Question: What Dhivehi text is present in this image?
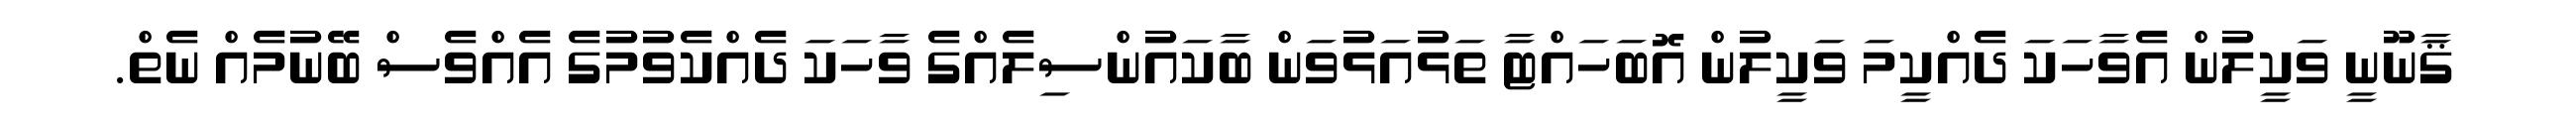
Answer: ޤާނޫނީ ވަކީލުން އެވާހަކަ ދެއްކީމަ ވަކީލުން އޮބަހައްޓާ ތަޅުއަޅުވަން ބާކައުންސިލެއްގެ ވާހަކަ ދެއްކެވުމުގެ އެއްވެސް ބޭނުމެއް ނެތް.